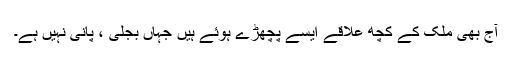
آج بھی ملک کے کچھ علاقے ایسے پچھڑے ہوئے ہیں جہاں بجلی ، پانی نہیں ہے۔